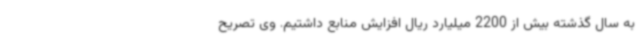
به سال گذشته بیش از 2200 میلیارد ریال افزایش منابع داشتیم. وی تصریح